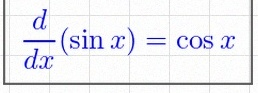
\frac{d}{dx}(\sin x)=\cos x